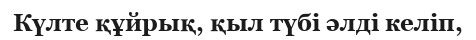
Күлте құйрық, қыл түбі әлді келіп,